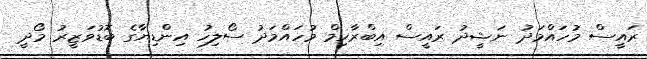
ރައީސް މުހައްމަދު ނަޝީދު ރައީސް އިބްރާހިމް މުހައްމަދު ސޯލިހު އިންޑިޔާގެ ބޮޑުވަޒީރު މޯދީ